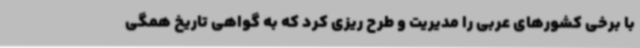
با برخی کشورهای عربی را مدیریت و طرح ریزی کرد که به گواهی تاریخ همگی